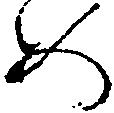
め